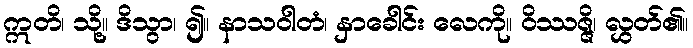
ဣတိ၊ သို့။ ဒိသွာ၊ ၍။ နာသဝါတံ၊ နှာခေါင်း လေကို။ ဝိဿဇ္ဇိ၊ လွှတ်၏။